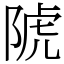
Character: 䖎